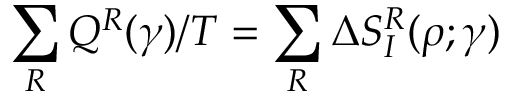
\sum _ { R } Q ^ { R } ( \gamma ) / T = \sum _ { R } \Delta S _ { I } ^ { R } ( \rho ; \gamma )